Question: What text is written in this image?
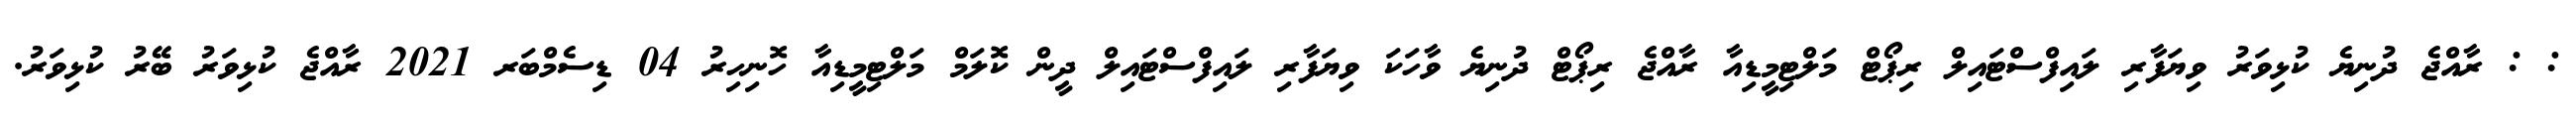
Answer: : : ރާއްޖެ ދުނިޔެ ކުޅިވަރު ވިޔަފާރި ލައިފްސްޓައިލް ރިޕޯޓް މަލްޓިމީޑިއާ ރާއްޖެ ރިޕޯޓް ދުނިޔެ ވާހަކަ ވިޔަފާރި ލައިފްސްޓައިލް ދީން ކޮލަމް މަލްޓިމީޑިއާ ހޮނިހިރު 04 ޑިސެމްބަރ 2021 ރާއްޖެ ކުޅިވަރު ބޭރު ކުޅިވަރު.